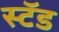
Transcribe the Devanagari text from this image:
स्‍टॅड